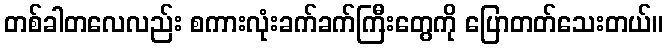
တစ်ခါတလေလည်း စကားလုံးခက်ခက်ကြီးတွေကို ပြောတတ်သေးတယ်။